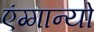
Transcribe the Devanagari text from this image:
एंग्गान्यो